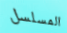
المسلسل